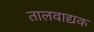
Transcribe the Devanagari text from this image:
तालवाद्यक